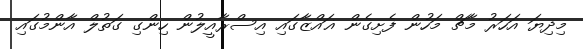
މިދިޔަ އަހަރު މާޗް މަހުން ފެށިގެން ޣައްޒާގައި އިސްރާއީލުން ހިންގި ގަތުލް އާންމުގައި